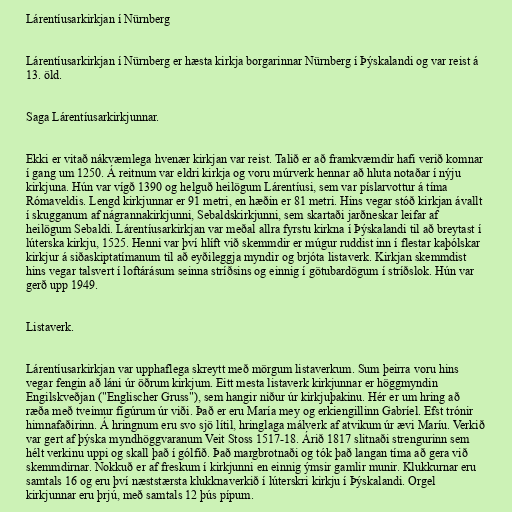
Lárentíusarkirkjan í Nürnberg

Lárentíusarkirkjan í Nürnberg er hæsta kirkja borgarinnar Nürnberg í Þýskalandi og var reist á
13. öld.

Saga Lárentíusarkirkjunnar.

Ekki er vitað nákvæmlega hvenær kirkjan var reist. Talið er að framkvæmdir hafi verið komnar
í gang um 1250. Á reitnum var eldri kirkja og voru múrverk hennar að hluta notaðar í nýju
kirkjuna. Hún var vígð 1390 og helguð heilögum Lárentíusi, sem var píslarvottur á tíma
Rómaveldis. Lengd kirkjunnar er 91 metri, en hæðin er 81 metri. Hins vegar stóð kirkjan ávallt
í skugganum af nágrannakirkjunni, Sebaldskirkjunni, sem skartaði jarðneskar leifar af
heilögum Sebaldi. Lárentíusarkirkjan var meðal allra fyrstu kirkna í Þýskalandi til að breytast í
lúterska kirkju, 1525. Henni var því hlíft við skemmdir er múgur ruddist inn í flestar kaþólskar
kirkjur á siðaskiptatímanum til að eyðileggja myndir og brjóta listaverk. Kirkjan skemmdist
hins vegar talsvert í loftárásum seinna stríðsins og einnig í götubardögum í stríðslok. Hún var
gerð upp 1949.

Listaverk.

Lárentíusarkirkjan var upphaflega skreytt með mörgum listaverkum. Sum þeirra voru hins
vegar fengin að láni úr öðrum kirkjum. Eitt mesta listaverk kirkjunnar er höggmyndin
Engilskveðjan ("Englischer Gruss"), sem hangir niður úr kirkjuþakinu. Hér er um hring að
ræða með tveimur fígúrum úr viði. Það er eru María mey og erkiengillinn Gabríel. Efst trónir
himnafaðirinn. Á hringnum eru svo sjö lítil, hringlaga málverk af atvikum úr ævi Maríu. Verkið
var gert af þýska myndhöggvaranum Veit Stoss 1517-18. Árið 1817 slitnaði strengurinn sem
hélt verkinu uppi og skall það í gólfið. Það margbrotnaði og tók það langan tíma að gera við
skemmdirnar. Nokkuð er af freskum í kirkjunni en einnig ýmsir gamlir munir. Klukkurnar eru
samtals 16 og eru því næststærsta klukknaverkið í lúterskri kirkju í Þýskalandi. Orgel
kirkjunnar eru þrjú, með samtals 12 þús pípum.